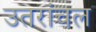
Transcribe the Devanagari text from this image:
उतरांचल